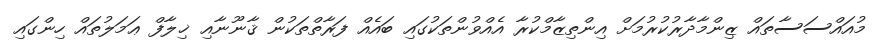
މުއައްސަސާތައް ޒިންމާދާރުކުރުމަށް އިންތިޒާމްކުރާ އެއްވުންތަކުގައި ބައެއް ފަރާތްތަކުން ޤާނޫނާއި ޚިލާފް ޢަމަލުތައް ހިންގައި